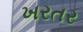
ખરતર